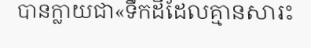
បានក្លាយជា«ទឹកដីដែលគ្មានសារះ